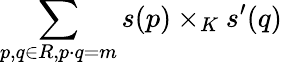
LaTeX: \sum_{p,q\in R,p\cdot q=m}s(p)\times_{K}s^{\prime}(q)